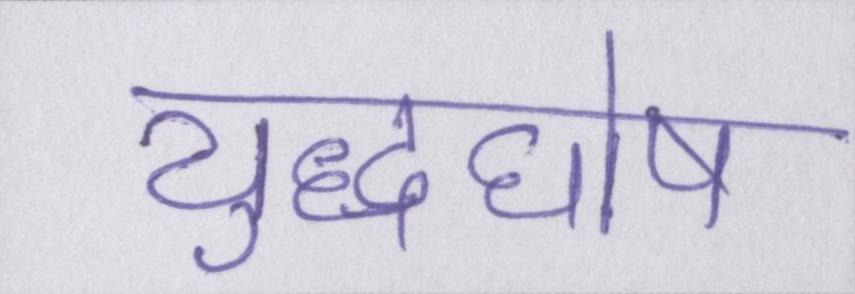
युद्धघोष